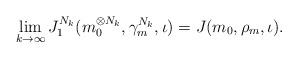
LaTeX: \begin{align*}\lim_{k \to \infty}J_1^{N_k}(m_0^{\otimes N_k},{\gamma}_m^{N_k},\iota)=J(m_0, {\rho}_m, \iota).\end{align*}